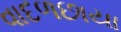
વાદળછાયા